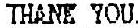
THANK YOU.